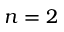
n = 2